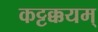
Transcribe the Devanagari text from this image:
कट्टक्कयम्